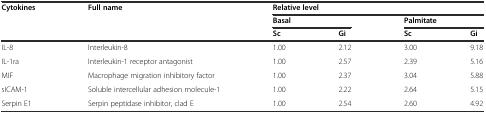
<table><thead><tr><td rowspan="3"><b>Cytokines</b></td><td rowspan="3"><b>Full name</b></td><td colspan="4"><b>Relative level</b></td></tr><tr><td colspan="2"><b>Basal</b></td><td colspan="2"><b>Palmitate</b></td></tr><tr><td><b>Sc</b></td><td><b>Gi</b></td><td><b>Sc</b></td><td><b>Gi</b></td></tr></thead><tbody><tr><td>IL-8</td><td>Interleukin-8</td><td>1.00</td><td>2.12</td><td>3.00</td><td>9.18</td></tr><tr><td>IL-1ra</td><td>Interleukin-1 receptor antagonist</td><td>1.00</td><td>2.57</td><td>2.39</td><td>5.16</td></tr><tr><td>MIF</td><td>Macrophage migration inhibitory factor</td><td>1.00</td><td>2.37</td><td>3.04</td><td>5.88</td></tr><tr><td>sICAM-1</td><td>Soluble intercellular adhesion molecule-1</td><td>1.00</td><td>2.22</td><td>2.64</td><td>5.15</td></tr><tr><td>Serpin E1</td><td>Serpin peptidase inhibitor, clad E</td><td>1.00</td><td>2.54</td><td>2.60</td><td>4.92</td></tr></tbody></table>